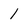
Character: 1